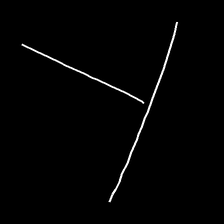
Glyph: column